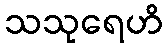
သသုရေဟိ